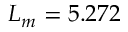
L _ { m } = 5 . 2 7 2